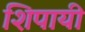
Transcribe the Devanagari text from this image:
शिपायी